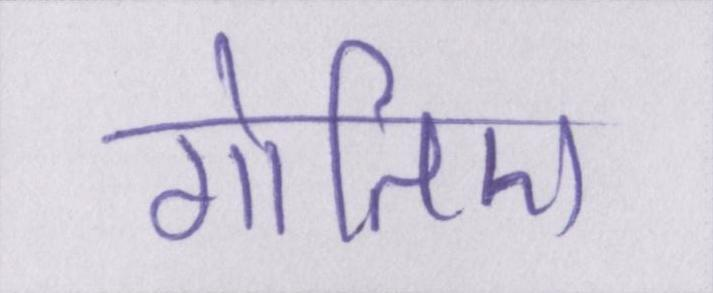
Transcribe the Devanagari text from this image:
गोतिए